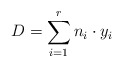
\begin{align*}D = \sum_{i = 1}^r n_i \cdot y_i \end{align*}